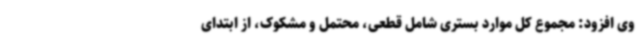
وی افزود: مجموع کل موارد بستری شامل قطعی، محتمل و مشکوک، از ابتدای